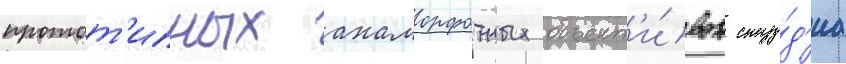
протот'ипных анаморфотных объект'и́вов сту́д'иа